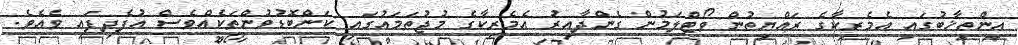
އިންތިޚާބުގައި އެމެރިކާގެ ރައްޔިތުން ވޯޓްލަމުން ގެންދާއިރު އެމެރިކާގެ މުޖުތަމައުގައި ކަންބޮޑުވުންތަކެއްވެސް އުފެދިފައި ވެއެވެ.